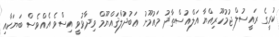
ކުރީގެ ރައީސުލް ޖުމުހޫރިއްޔާ އަލްއުސްތާޛު މައުމޫނު ޢަބުދުލްޤައްޔޫމް ވިދާޅުވީ އިސްވެ އެއްވެސް ބަޔަކާއި